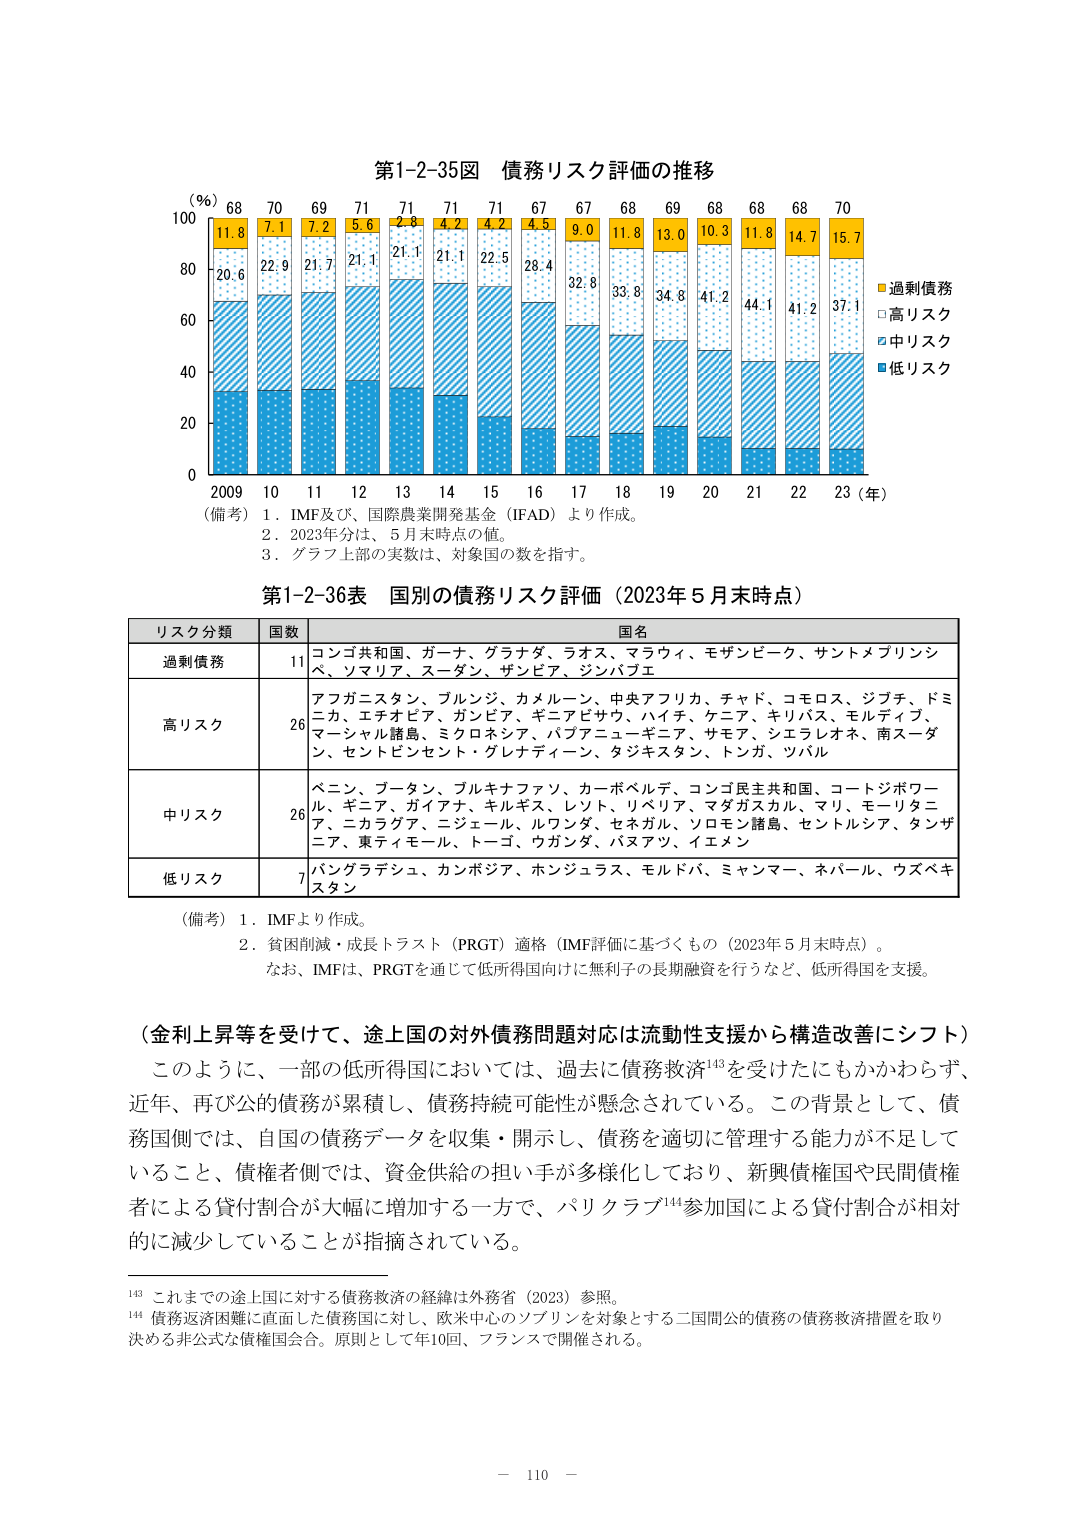
第1-2-35図 債務リスク評価の推移

(%) 68 70 69 71 71 71 67 67 68 69 68 68 70
11.8 7.1 7.2 5.6 2.8 4.2 4.5 9.0 11.8 13.0 10.3 11.8 14.7 15.7
20.6 22.9 21.7 21.1 21.1 21.1 22.5 28.4 32.8 33.8 34.8 41.2 44.1 41.2 37.1
0 20 40 60 80 100
2009 10 11 12 13 14 15 16 17 18 19 20 21 22 23 (年)

(備考) 1. IMF及び、国際農業開発基金（IFAD）より作成。
2. 2023年分は、5月末時点の値。
3. グラフ上部の実数は、対象国の数を指す。

■過剰債務
□高リスク
○中リスク
■低リスク

第1-2-36表 国別の債務リスク評価（2023年5月末時点）

リスク分類 国数 国名
過剰債務 11 コンゴ共和国、ガーナ、グラナダ、ラオス、マラウイ、モザンビーク、サントメプリンシペ、ソマリア、スーダン、ザンビア、ジンバブエ
高リスク 26 アフガニスタン、ブルンジ、カメルーン、中央アフリカ、チャド、コモロス、ジブチ、ドミニカ、エチオピア、ガンビア、ギニアビサウ、ハイチ、ケニア、キリバス、モルディブ、マーシャル諸島、ミクロネシア、バフアニューギニア、サモア、シエラレオネ、南スーダン、セントビンセント・グレナディーン、タジキスタン、トンガ、ツバル
中リスク 26 ベンin、ブータン、ブルキナファソ、カーボベルデ、コンゴ民主共和国、コートジボワール、ギニア、ガイアナ、キルギス、レソト、リベリア、マダガスカル、マリ、モーリタニア、ニカラグア、ニジェール、ルワンダ、セネガル、ソロモン諸島、セントルシア、タンザニア、東ティモール、トーゴ、ワガンダ、バヌアツ、イエメン
低リスク 7 バングラデシュ、カンボジア、ホンジュラス、モルドバ、ミャンマー、ネパール、ウズベキスタン

(備考) 1. IMFより作成。
2. 貧困削減・成長トラスト（PRGT）適格（IMF評価に基づくもの（2023年5月末時点））。
なお、IMFは、PRGTを通じて低所得国向けに無利子の長期融資を行うなど、低所得国を支援。

（金利上昇等を受けて、途上国の対外債務問題対応は流動性支援から構造改善にシフト）
このように、一部の低所得国においては、過去に債務救済143を受けたにもかかわらず、近年、再び公的債務が累積し、債務持続可能性が懸念されている。この背景として、債務国側では、自国の債務データを収集・開示し、債務を適切に管理する能力が不足していること、債権者側では、資金供給の担い手が多様化しており、新興債権国や民間債権者による貸付割合が大幅に増加する一方で、パリクラブ144参加国による貸付割合が相対的に減少していることが指摘されている。

143 これまでの途上国に対する債務救済の経緯は外務省（2023）参照。
144 債務返済困難に直面した債務国に対し、欧米中心のソブリンを対象とする二国間公的債務の債務救済措置を取り決める非公式な債権国会合。原則として年10回、フランスで開催される。

－ 110 －